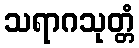
သရာဂသုတ္တံ